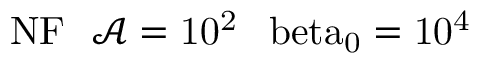
\mathrm { { N F } \: \: \: \mathcal { A } = 1 0 ^ { 2 } \: \: \ b e t a _ { 0 } = 1 0 ^ { 4 } }